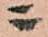
ニ